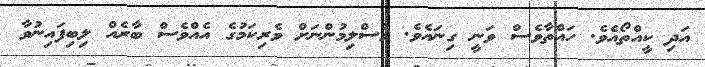
އަދި ކީއްތޯއެވެ. ހައްތާވެސް ވަނީ ގިނައެވެ. މުސްލިމުންނަށް ވެރިކަމުގެ އެއްވެސް ބާރެއް ލިބިފައިނުވާ